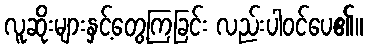
လူဆိုးများနှင့်တွေ့ကြခြင်း လည်းပါဝင်ပေ၏။